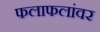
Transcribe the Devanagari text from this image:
फलाफलांवर